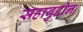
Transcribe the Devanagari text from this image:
सहाबुद्दीन